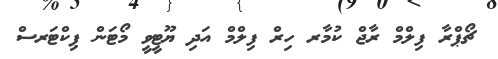
ޗޯޕްރާ ފިލްމް ރާޖް ކުމާރ ހިރް ފިލްމް އަދި ޔޫޓީވީ މޯޓަން ޕިކްޓަރސް